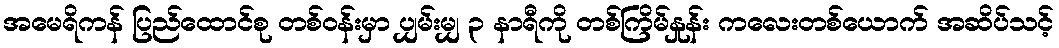
အမေရိကန် ပြည်ထောင်စု တစ်ဝန်းမှာ ပျှမ်းမျှ ၃ နာရီကို တစ်ကြိမ်နှုန်း ကလေးတစ်ယောက် အဆိပ်သင့်